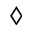
\diamondsuit